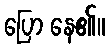
ပြော နေ၏။